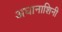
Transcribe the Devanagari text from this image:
अघानाशिनी